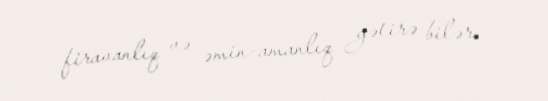
firavanlıq və əmin-amanlıq gətirə bilər.